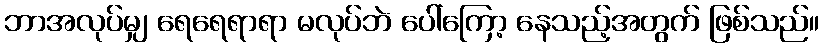
ဘာအလုပ်မျှ ရေရေရာရာ မလုပ်ဘဲ ပေါ်ကြော့ နေသည့်အတွက် ဖြစ်သည်။